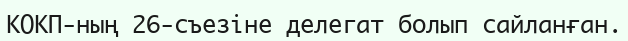
КОКП-ның 26-съезіне делегат болып сайланған.